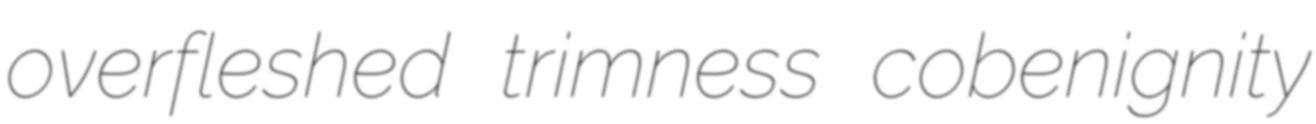
overfleshed trimness cobenignity